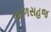
બાળસહજ